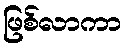
ဖြစ်လာကာ